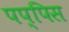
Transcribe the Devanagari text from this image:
पप्पिस